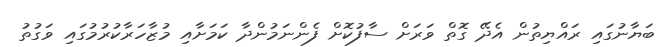
ބަޔާނުގައި ރައްޔިތުން އެދޭ ގޮތް ވަރަށް ސާފުކޮށް ފެންނަމުންދާ ކަމަށާއި މުޒާހަރާކުރުމުގައި ވަގުތު